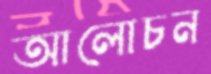
আলোচন